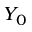
Y _ { 0 }